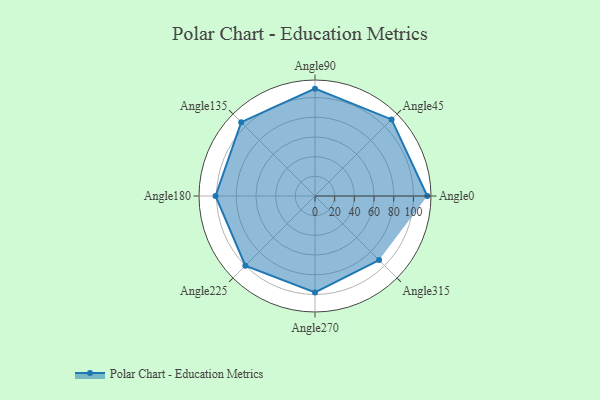
{"axis": {"x": "Angle", "y": "Radius"}, "legend": [""], "data": [{"x": "Angle0", "y": 114.0, "type": ""}, {"x": "Angle45", "y": 110.0, "type": ""}, {"x": "Angle90", "y": 109.0, "type": ""}, {"x": "Angle135", "y": 106.0, "type": ""}, {"x": "Angle180", "y": 101.0, "type": ""}, {"x": "Angle225", "y": 100.0, "type": ""}, {"x": "Angle270", "y": 98.0, "type": ""}, {"x": "Angle315", "y": 92.0, "type": ""}]}